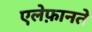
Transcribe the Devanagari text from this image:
एलेफ़ानते